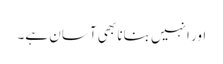
اور انہیں بنانا بھی آسان ہے۔